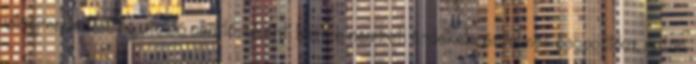
világrendetlenség utolsó csatlósaként. Miféle nemzeti érdekek, értelmes geopolitika, netán